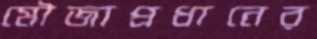
মৌজাপ্রধানের